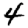
Digit: 4